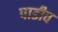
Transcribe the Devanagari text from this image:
पाडीव